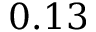
0 . 1 3